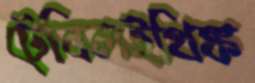
টেবিলইথিঙ্ক